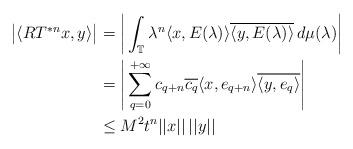
LaTeX: \begin{align*}\big\vert\langle RT^{*n}x,y\rangle\big\vert &=\bigg\vert\int_\mathbb{T}\lambda^n \langle x,E(\lambda)\rangle\overline{\langle y,E(\lambda)\rangle}\,d\mu(\lambda)\bigg\vert\\&=\Bigg\vert\sum_{q=0}^{+\infty}c_{q+n}\overline{c_q}\langle x,e_{q+n}\rangle\overline{\langle y,e_q\rangle}\Bigg\vert\\&\le M^2 t^n\vert\vert x\vert\vert\,\vert\vert y\vert\vert\end{align*}